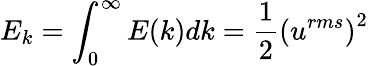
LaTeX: E_{k}=\int_{0}^{\infty}E(k)dk=\frac{1}{2}\left(u^{rms}\right)^{2}